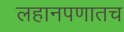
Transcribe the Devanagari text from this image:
लहानपणातच